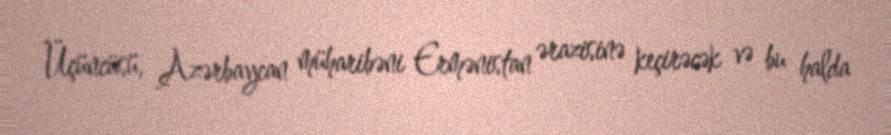
Üçüncüsü, Azərbaycan müharibəni Ermənistan ərazisinə keçirəcək və bu halda